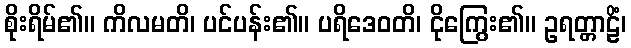
စိုးရိမ်၏။ ကိလမတိ၊ ပင်ပန်း၏။ ပရိဒေဝတိ၊ ငိုကြွေး၏။ ဥရတ္တာဠိံ၊